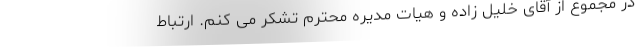
در مجموع از آقای خلیل زاده و هیات مدیره محترم تشکر می کنم. ارتباط